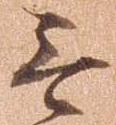
無